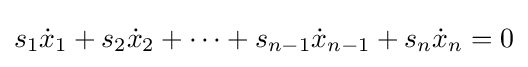
s_{1}{\dot {x}}_{1}+s_{2}{\dot {x}}_{2}+\cdots +s_{n-1}{\dot {x}}_{n-1}+s_{n}{\dot {x}}_{n}=0